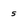
Character: 5